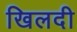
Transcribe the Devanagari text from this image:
खिलदी